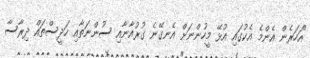
"އަހަރެން އެންމެ އެކުގައި އުޅޭ މީހުންނަަށް އެނގޭނެ ގުރުއާނާއި ސުންނަތާއި ހަދީސްތައް ދިރާސާ